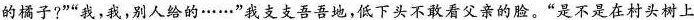
的橘子?”“我，我，别人给的……”我支支吾吾地，低下头不敢看父亲的脸。“是不是在村头树上